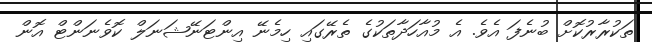
ތަކުރާރުކޮށް ބުނެފަ އެވެ. އެ މުއާހަދާތަކުގެ ތެރޭގައި ހިމެނޭ އިންޓަނޭޝަނަލް ކޮވެނަންޓް އޮން